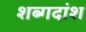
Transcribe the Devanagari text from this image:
शब्गदांश